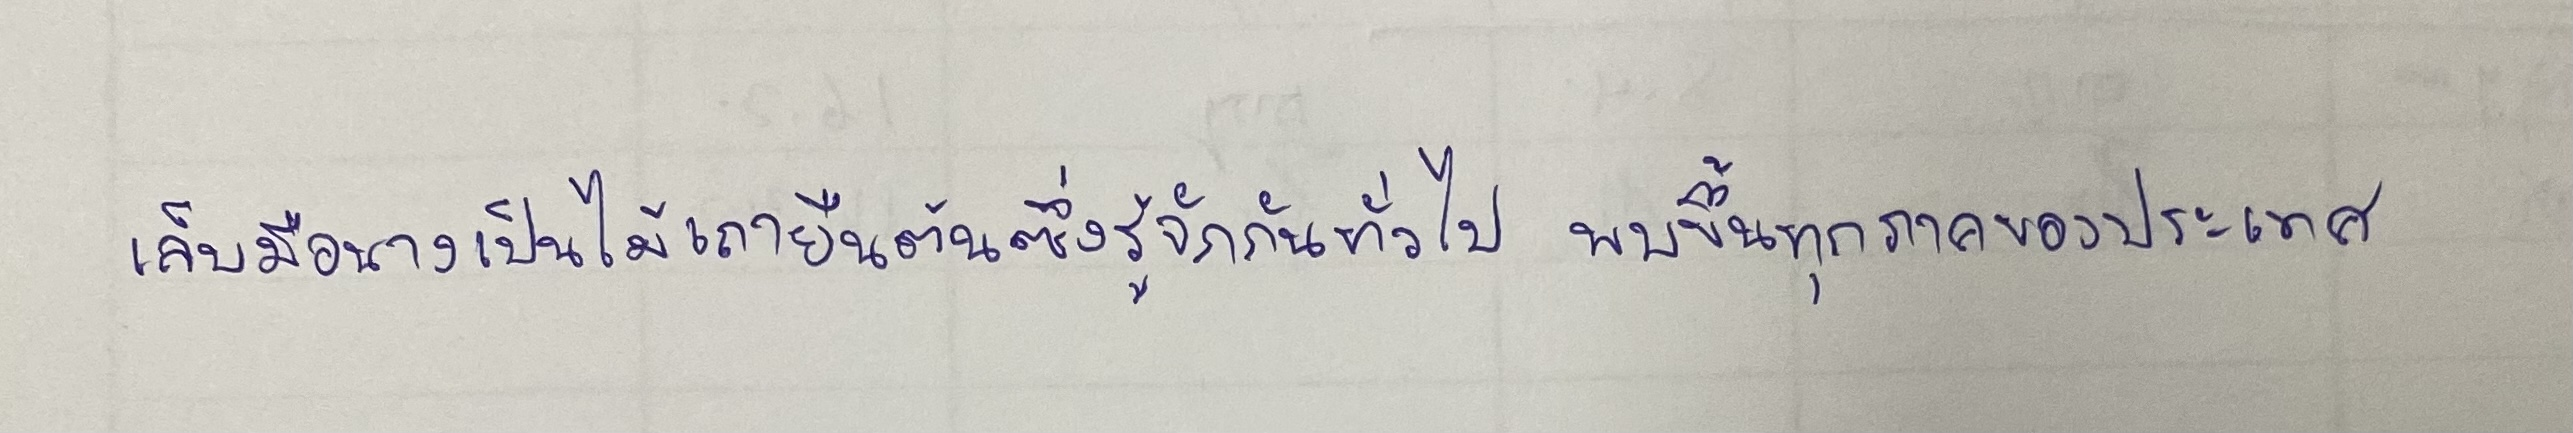
เล็บมือนางเป็นไม้เถายืนต้นซึ่งรู้จักกันทั่วไปพบขึ้นในทุกภาคของประเทศ